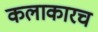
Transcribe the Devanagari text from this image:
कलाकारच